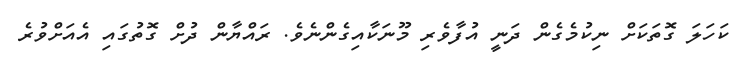
ކަހަލަ ގޮތަކަށް ނިކުމެގެން ދަނީ އުފާވެރި މޫނަކާއިގެންނެވެ. ރައްޔާން ދުށް ގޮތުގައި އެއަށްވުރެ